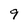
Character: 9